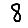
Digit: 8